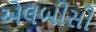
એલબીસી